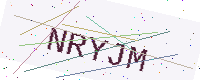
Text: NRYJM